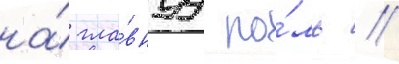
на́ гла́внуу ро́ль //